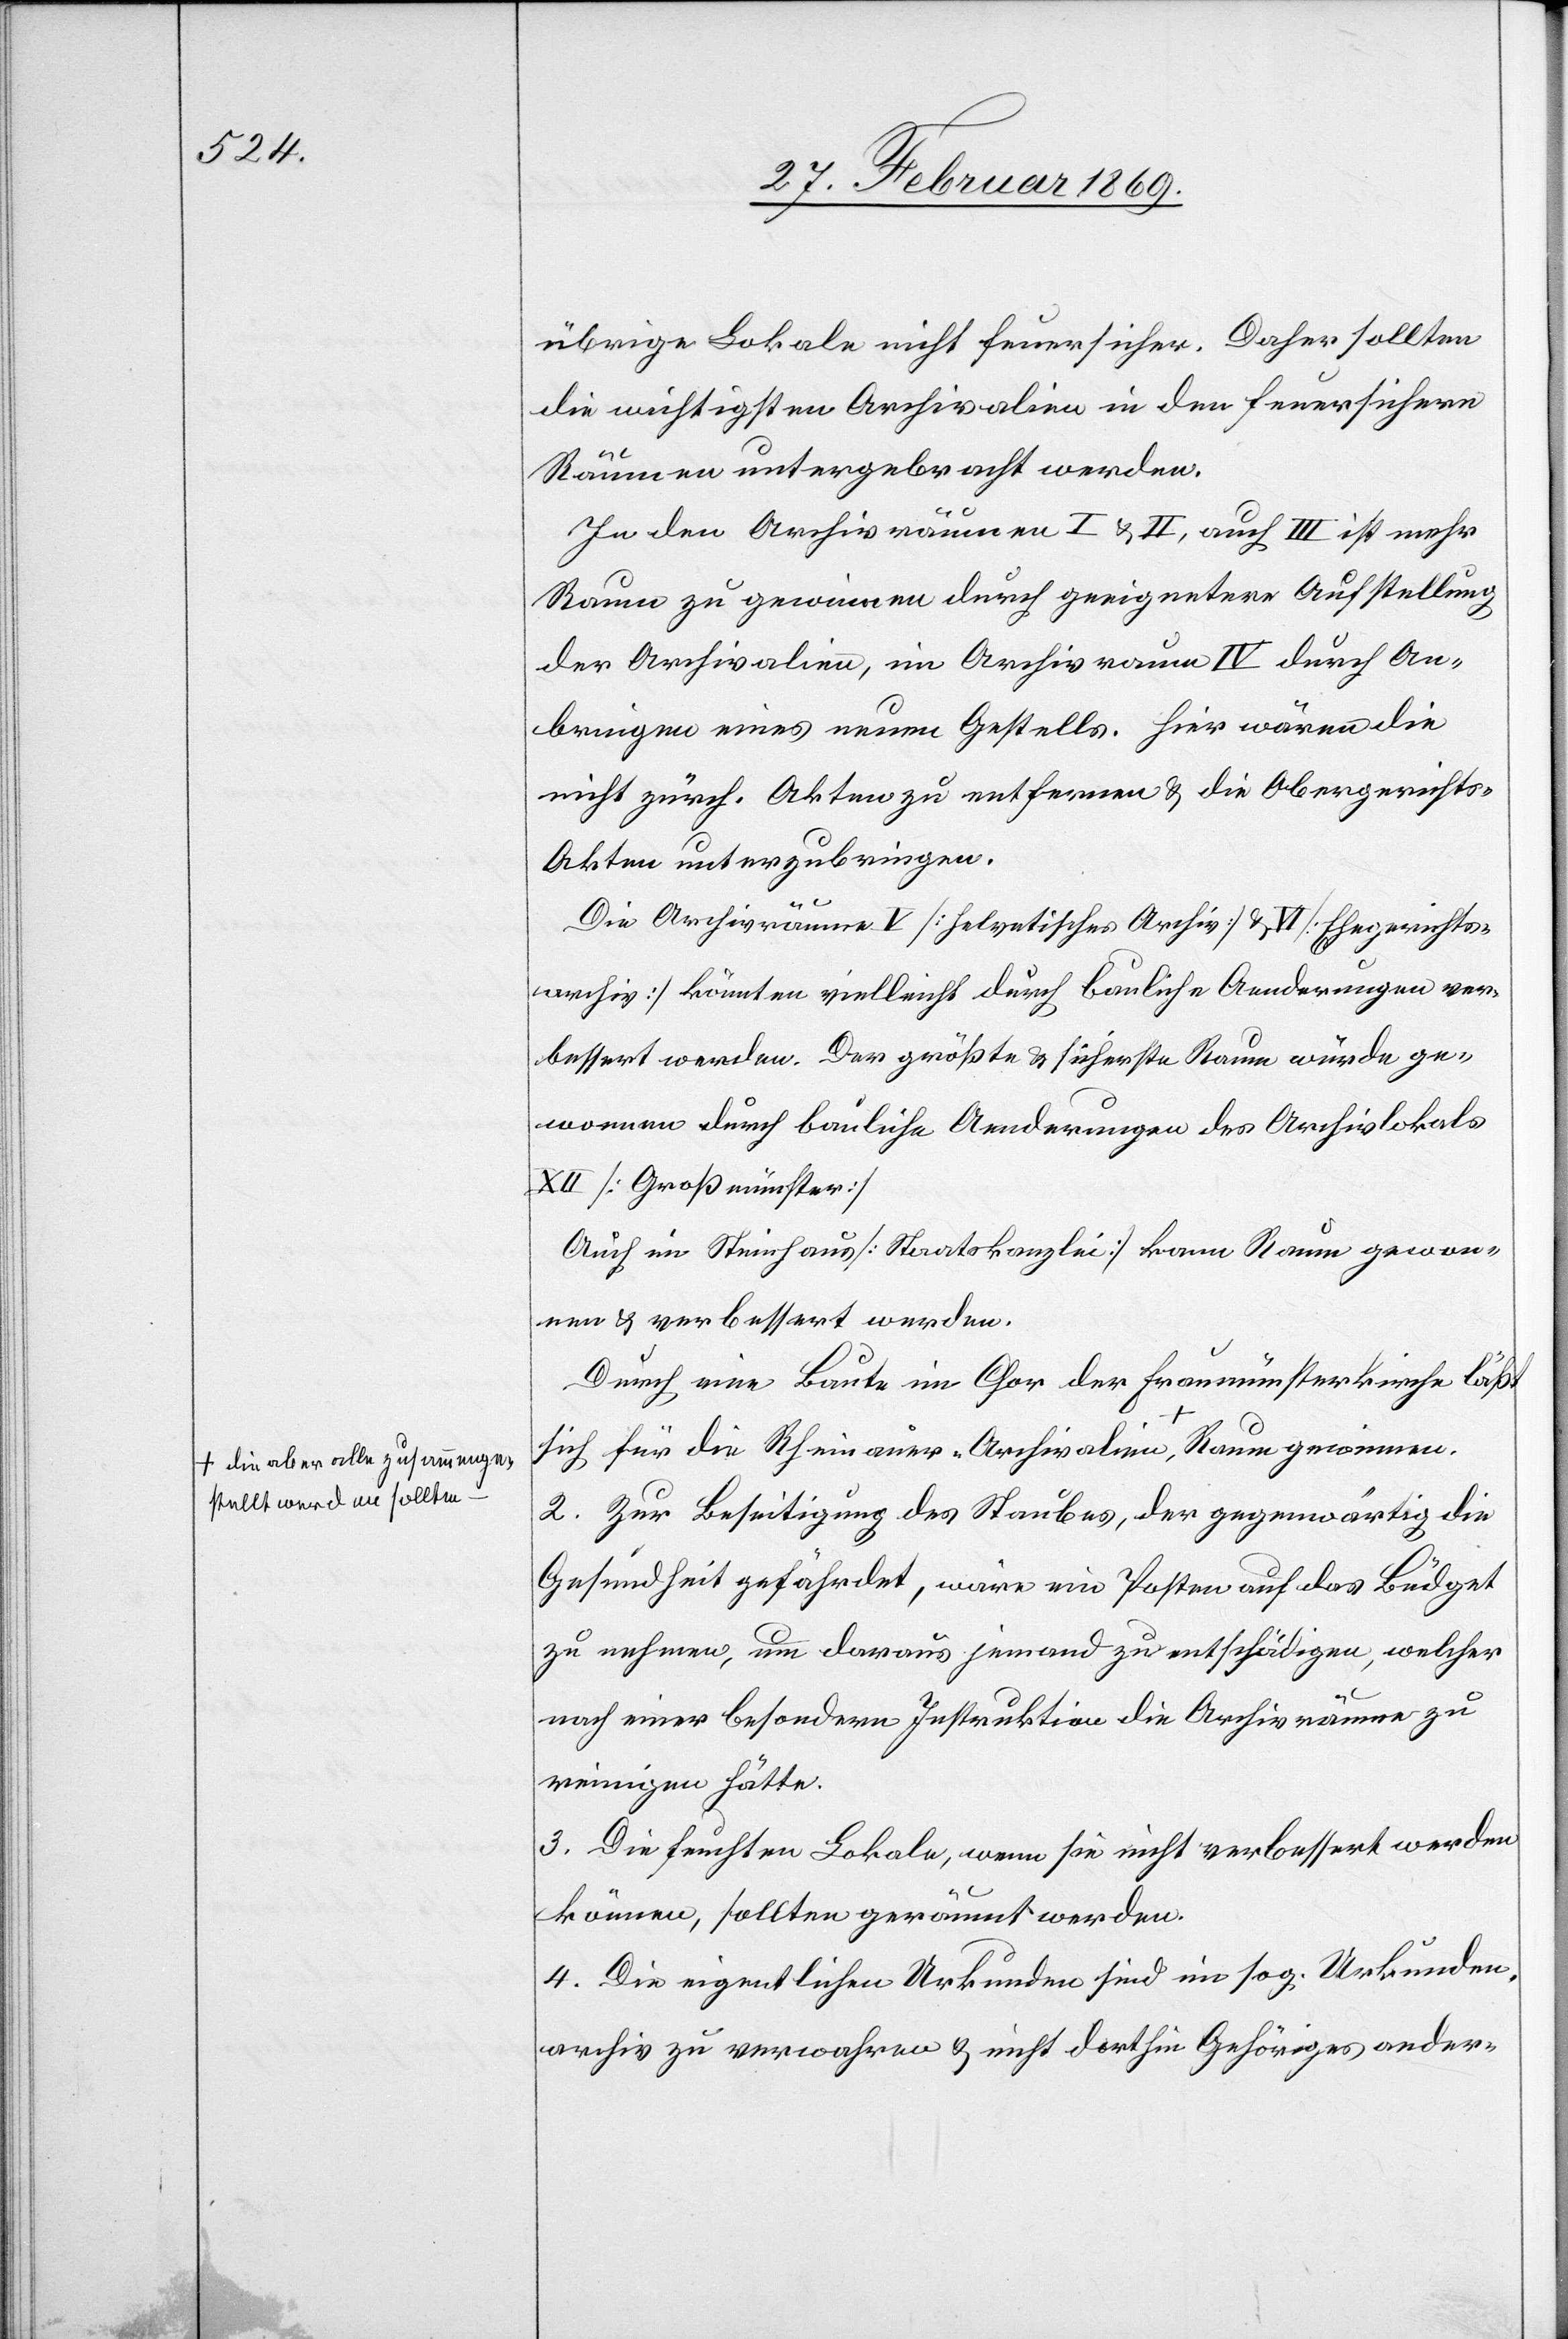
a-die aber alle zusammenge¬
stellt werden sollten-a

übrige Lokale nicht feuersicher. Daher sollten
die wichtigsten Archivalien in den feuersichern
Räumen untergebracht werden.
In den Archivräumen I & II, auch III ist mehr
Raum zu gewinnen durch geeignetere Aufstellung
der Archivalien, im Archivraum IV durch An¬
bringen eines neuen Gestells. Hier wären die
nicht zürch. Akten zu entfernen & die Obergericht¬
s-Akten unterzubringen.
die
Die Archivräume V [helvetisches Archiv] & VI [Ehegerichts¬
archiv] könnten vielleicht durch bauliche Aenderungen ver¬
bessert werden. Der größte & sicherste Raum würde ge¬
wonnen durch bauliche Aenderungen des Archivlokales
XII [Großmünster]
Auch im Steinhaus [Staatskanzlei] kann Raum gewon¬
nen u. verbessert werden.
Durch eine Baute im Chor der Fraumünsterkirche läßt
2. Zur Beseitigung des Staubes, der gegenwärtig die
Gesundheit gefährdet, wäre ein Posten auf das Büdget
zu nehmen, um daraus jemand zu entschädigen, welcher
nach einer besondern Instruktion die Archivräume zu
reinigen hätte.
3. Die feuchten Lokale, wenn sie nicht verbessert werden
können, sollten geräumt werden.
4. Die eigentlichen Urkunden sind im sog. Urkunden¬
archiv zu verwahren, & nicht dorthin Gehöriges ander-